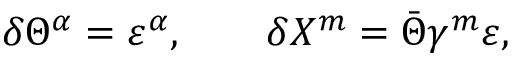
\delta \Theta ^ { \alpha } = \varepsilon ^ { \alpha } , \qquad \delta X ^ { m } = \bar { \Theta } \gamma ^ { m } \varepsilon ,